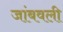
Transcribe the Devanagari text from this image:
जांबवली